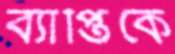
ব্যাপ্তিকে